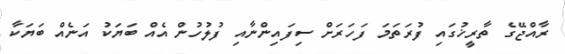
ރާއްޖޭގެ ތާރީޚުގައި ފުރަތަމަ ފަހަރަށް ސިފައިންނާއި ފުލުހުން އެއް ބަޔަކު އަނެއް ބަޔަކާ